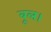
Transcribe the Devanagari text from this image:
बूल।